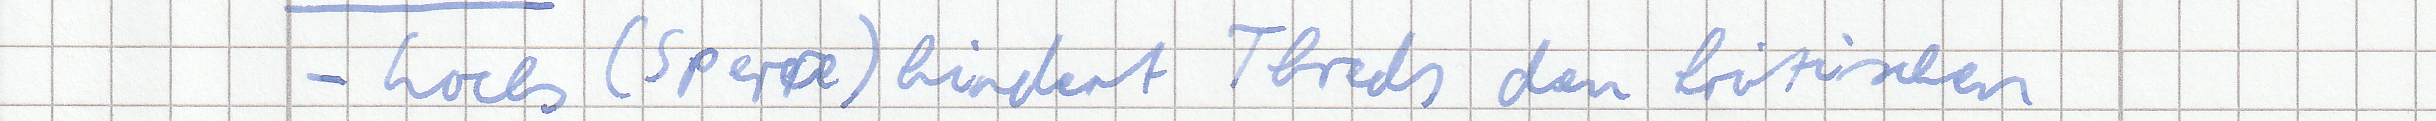
- Locks (Sperre) hindert Threds den kritischen